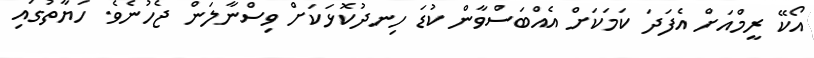
އޯކޭ ރީމްއަށް އެފަދަ ކަމަކަށް އެއްބަސްވާން ކުޑަ ހިނދުކޮޅަކަށް ވިސްނާލަން ޖެހުނެވެ. ހަޔާތުގައި